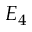
E _ { 4 }